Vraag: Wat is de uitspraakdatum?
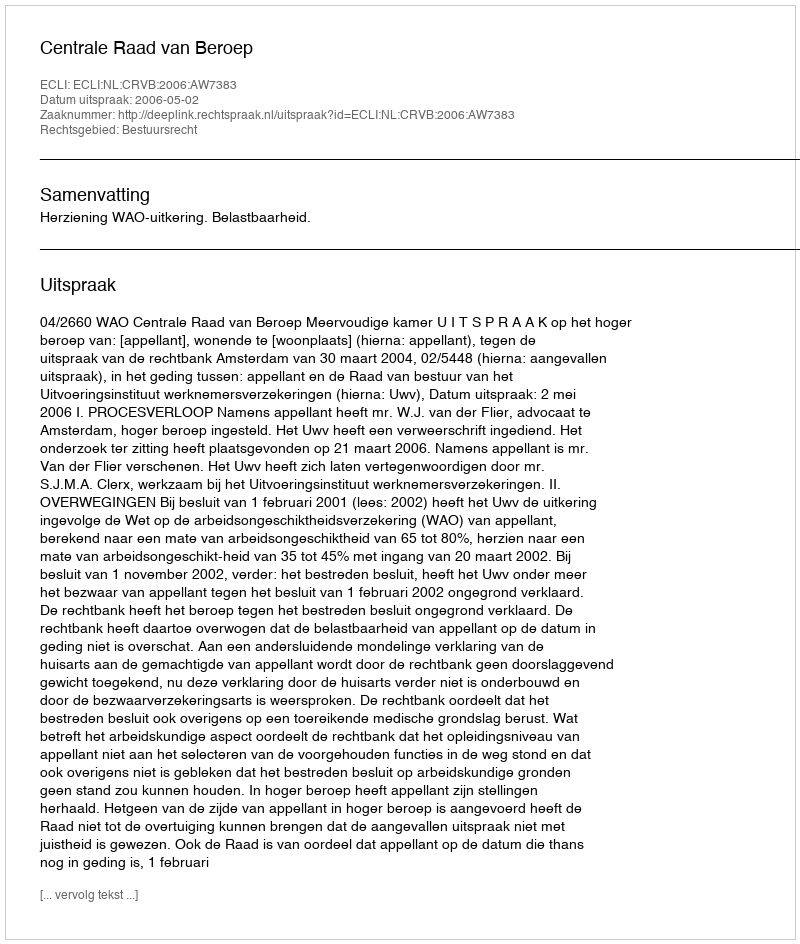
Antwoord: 2006-05-02